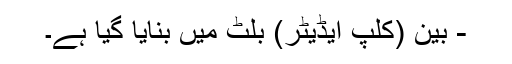
- بین (کلپ ایڈیٹر) بلٹ میں بنایا گیا ہے۔